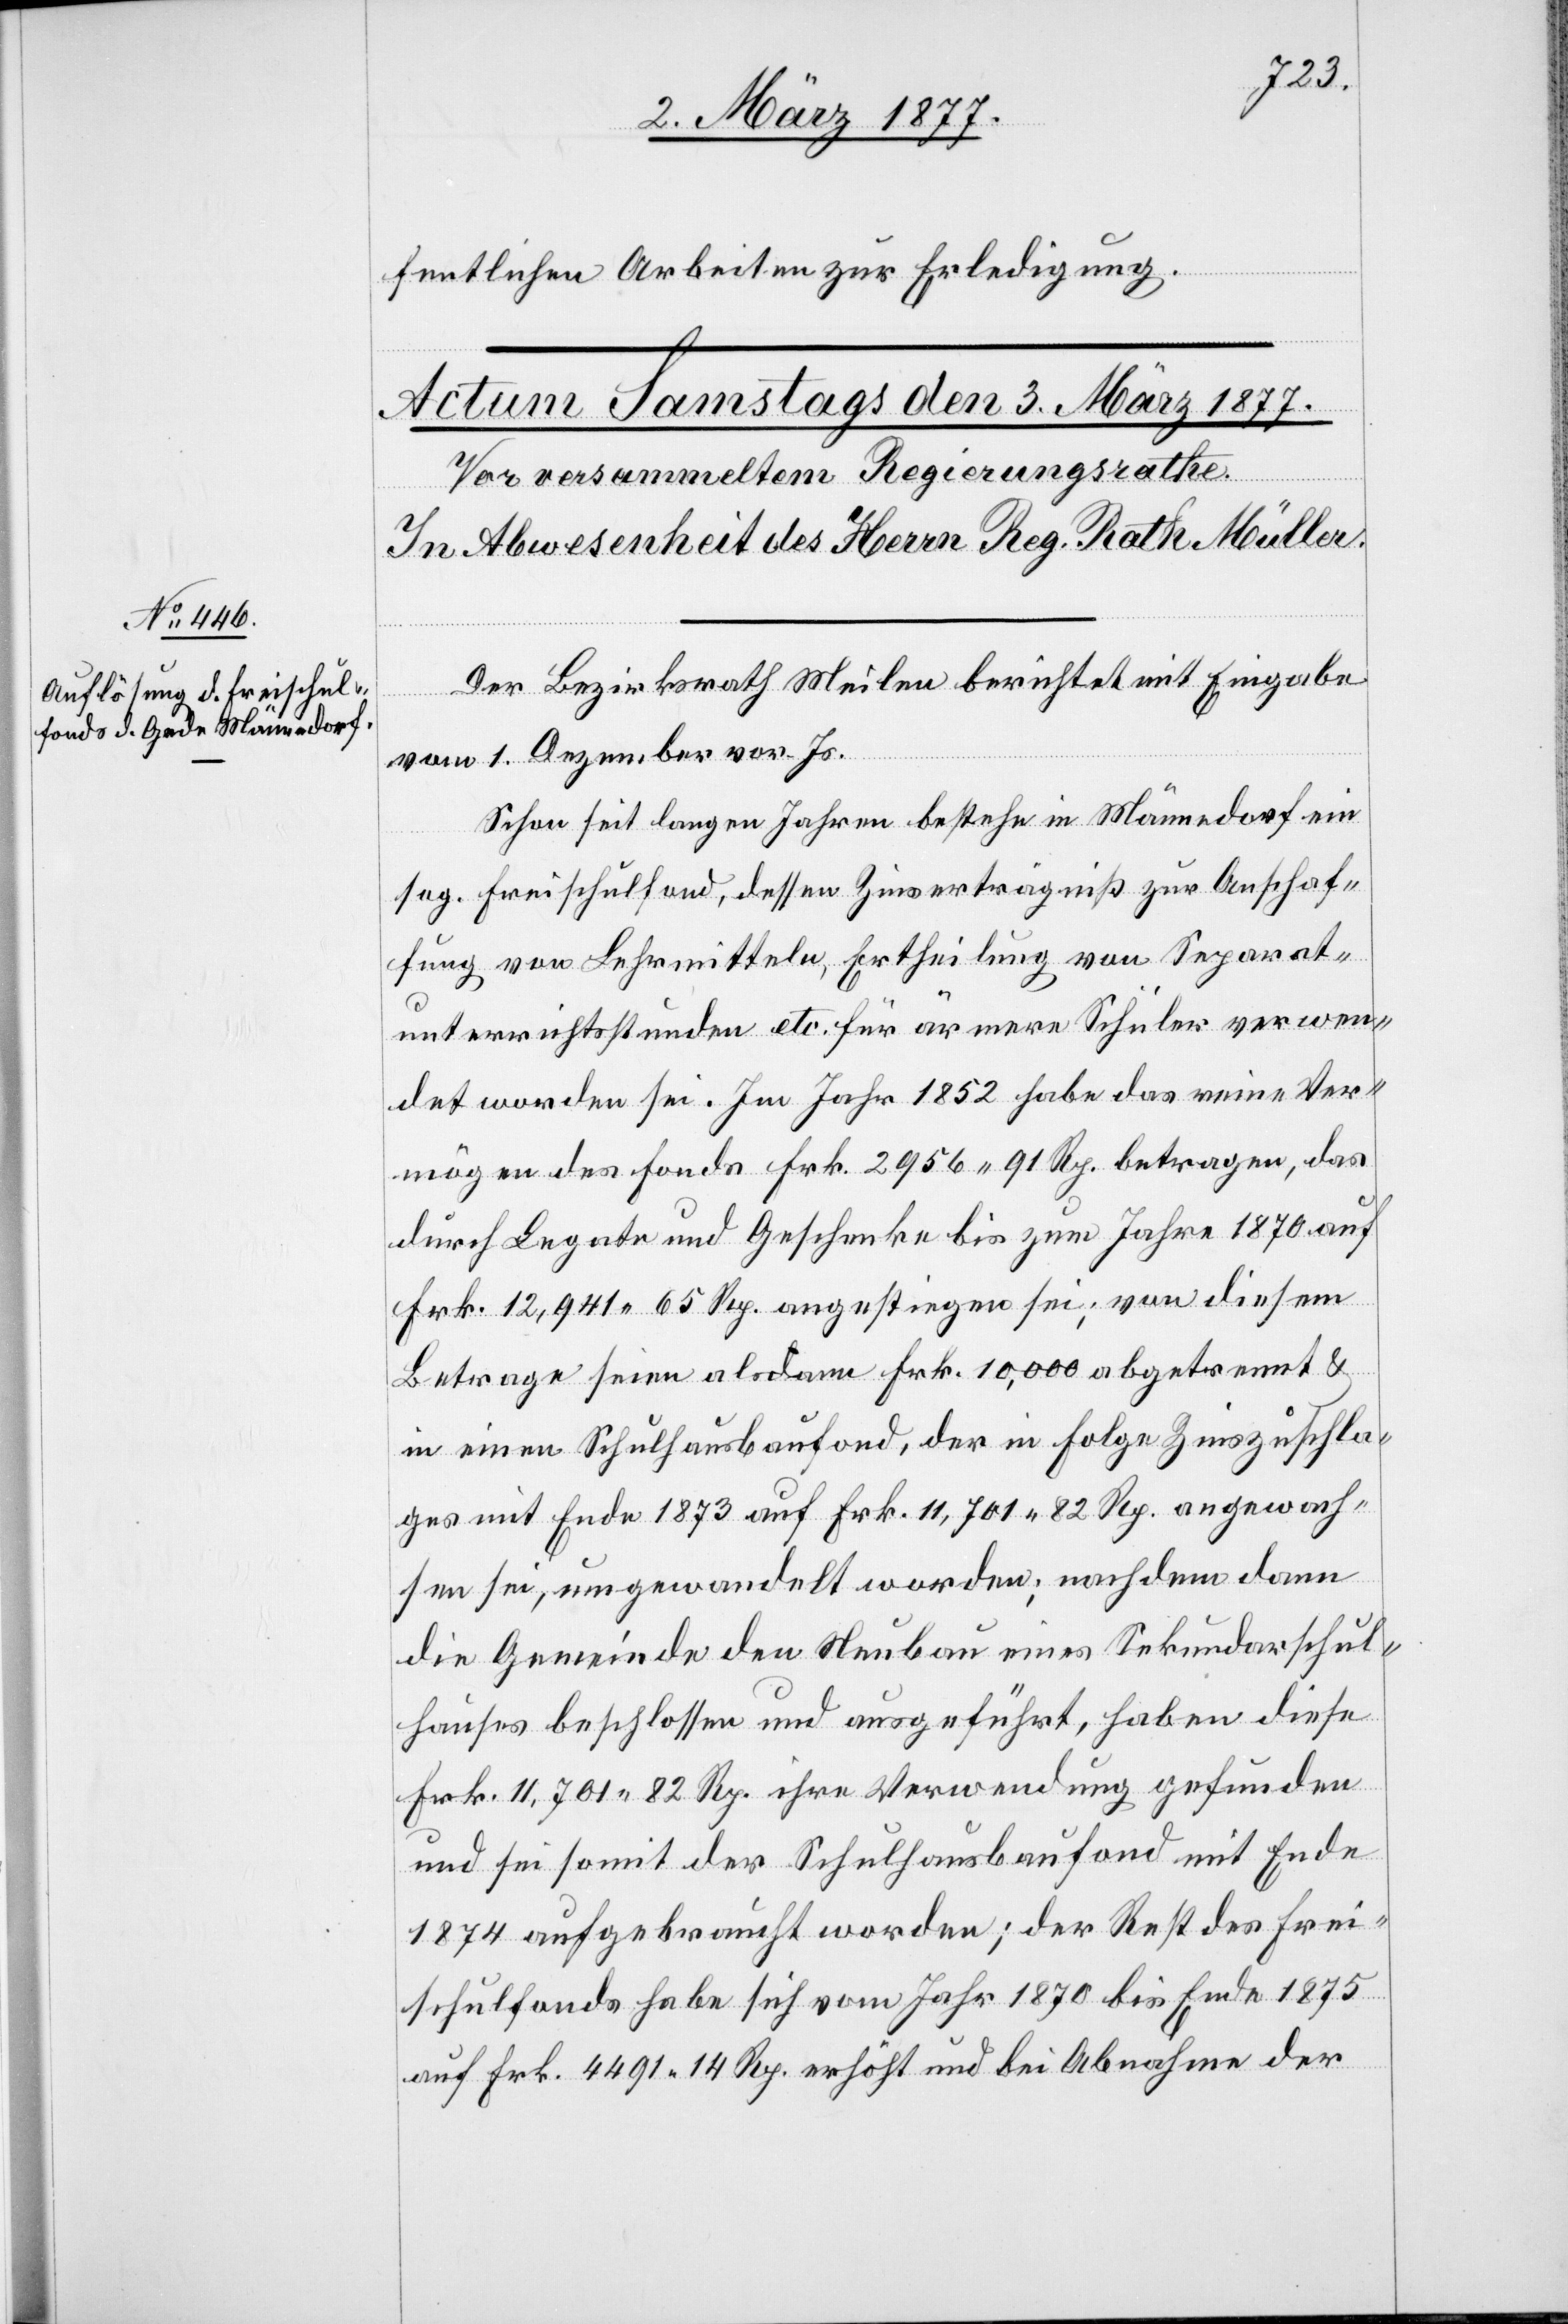
fentlichen Arbeiten zur Erledigung.
Der Bezirksrath Meilen berichtet mit Eingabe
vom 1. Dezember vor. Js.
Schon seit langen Jahren bestehe in Männedorf ein
sog. Freischulfond, dessen Zinserträgniß zur Anschaf¬
fung von Lehrmitteln, Ertheilung von Separat¬
unterrichtsstunden etc. für ärmere Schüler verwen¬
det worden sei. Im Jahr 1852 habe das reine Ver¬
mögen des Fonds Frk. 2956 91 Rp. betragen, das
durch Legate und Geschenke bis zum Jahre 1870 auf
Frk. 12,941 65 Rp. angestiegen sei; von diesem
Betrage seien alsdann Frk. 10,000 abgetrennt &
in einen Schulhausbaufond, der in Folge Zinszuschla¬
ges mit Ende 1873 auf Frk. 11,701 82 Rp. angewach¬
sen sei, umgewandelt worden; nachdem dann
die Gemeinde den Neubau eines Sekundarschul¬
hauses beschlossen und ausgeführt, haben diese
Frk. 11,701 82 Rp. ihre Verwendung gefunden
und sei somit der Schulhausbaufond mit Ende
1874 aufgebraucht worden; der Rest des Frei¬
schulfonds habe sich vom Jahr 1870 bis Ende 1875
auf Frk. 4491 14 Rp. erhöht und bei Abnahme der